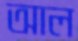
আল